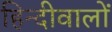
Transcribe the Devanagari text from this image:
हिन्दीवालों